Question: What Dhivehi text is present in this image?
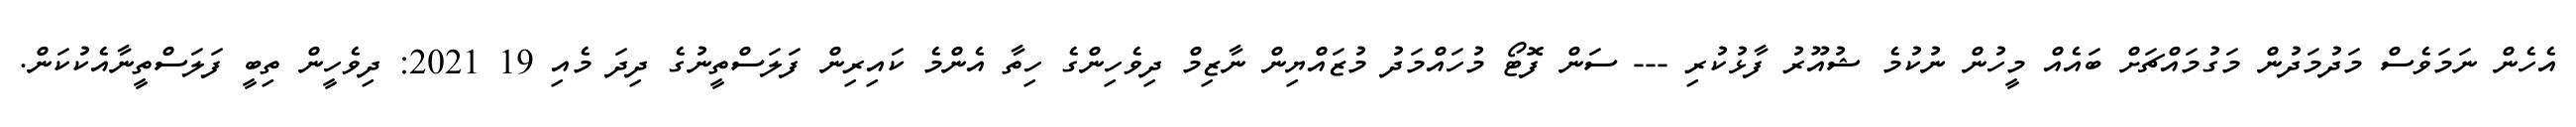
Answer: އެހެން ނަމަވެސް މަދުމަދުން މަގުމައްޗަށް ބައެއް މީހުން ނުކުމެ ޝުއޫރު ފާޅުކުރި --- ސަން ފޮޓޯ މުހައްމަދު މުޒައްޔިން ނާޒިމް ދިވެހިންގެ ހިތާ އެންމެ ކައިރިން ފަލަސްތީނުގެ ދިދަ މެއި 19 2021: ދިވެހީން ތިބީ ފަލަސްތީނާއެކުކަން.